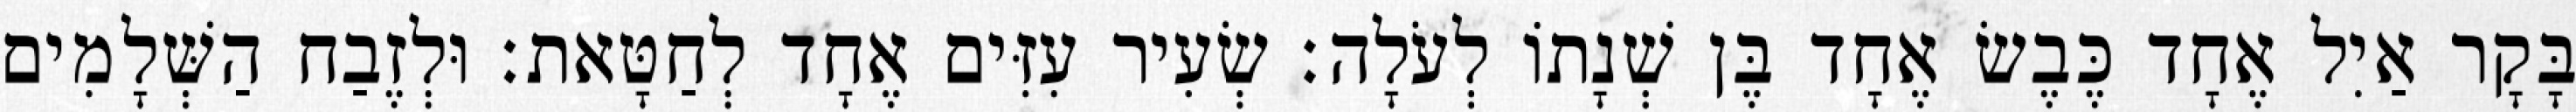
בָּקָר אַיִל אֶחָד כֶּבֶשׂ אֶחָד בֶּן שְׁנָתוֹ לְעֹלָה׃ שְׂעִיר עִזִּים אֶחָד לְחַטָּאת׃ וּלְזֶבַח הַשְּׁלָמִים